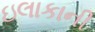
ઇલાકાની